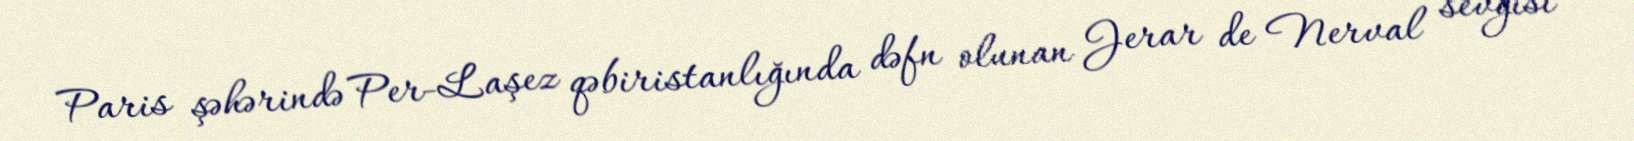
Paris şəhərində Per-Laşez qəbiristanlığında dəfn olunan Jerar de Nerval sevgisi